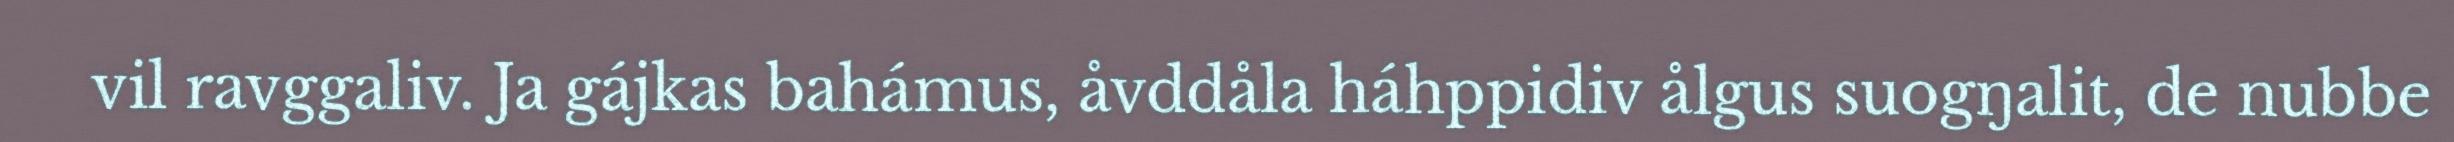
vil ravggaliv. Ja gájkas bahámus, åvddåla háhppidiv ålgus suogŋalit, de nubbe